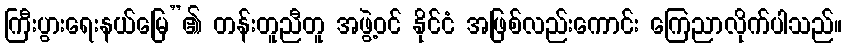
ကြီးပွားရေးနယ်မြေ”၏ တန်းတူညီတူ အဖွဲ့ဝင် နိုင်ငံ အဖြစ်လည်းကောင်း ကြေညာလိုက်ပါသည်။